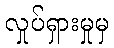
လှုပ်ရှားမှုမှ